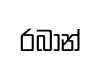
රබාන්